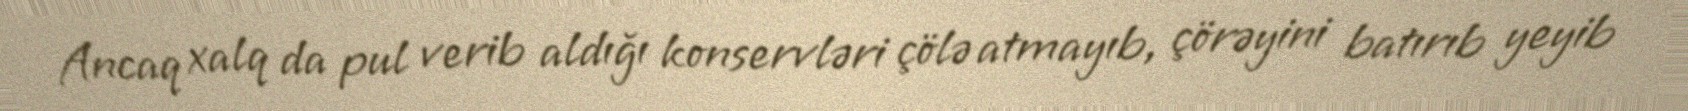
Ancaq xalq da pul verib aldığı konservləri çölə atmayıb, çörəyini batırıb yeyib